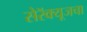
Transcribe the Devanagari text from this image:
सेरॅक्यूजचा